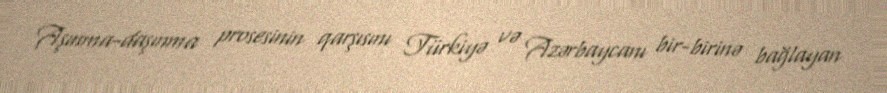
Aşınma-daşınma prosesinin qarşısını Türkiyə və Azərbaycanı bir-birinə bağlayan